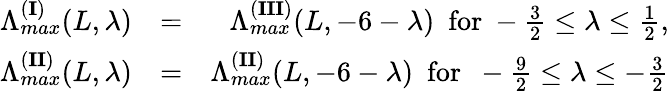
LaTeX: \begin{array}{rlr}{\Lambda_{max}^{({\mathbf{I}})}(L,\lambda)}&{=}&{\Lambda_{max}^{({\mathbf{III}})}(L,-6-\lambda)~~\mathrm{for}~-\frac{3}{2}\leq\lambda\leq\frac{1}{2},}\\ {\Lambda_{max}^{({\mathbf{II})}}(L,\lambda)}&{=}&{\Lambda_{max}^{({\mathbf{II}})}(L,-6-\lambda)~~\mathrm{for}~~-\frac{9}{2}\leq\lambda\leq-\frac{3}{2}}\end{array}